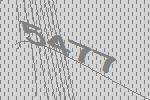
5477